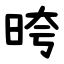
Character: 晇